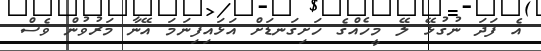
އެ ފަދަ ނުގުޅޭ ލޭ މީހެއްގެ ހަށިގަނޑަށް އަޅައިފިނަމަ އޭނާ މަރުވުން ވެސް